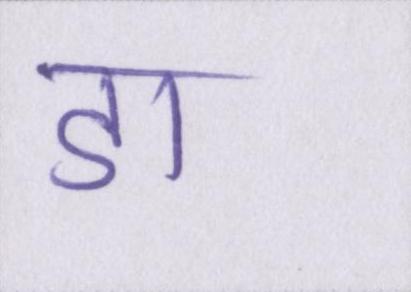
डा